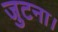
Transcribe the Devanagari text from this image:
जुटना।